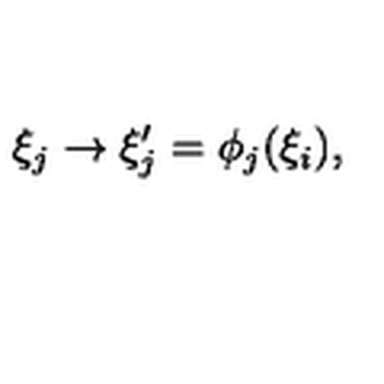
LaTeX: \xi _ { j } \rightarrow \xi _ { j } ^ { \prime } = \phi _ { j } ( \xi _ { i } ) ,